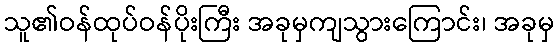
သူ၏ဝန်ထုပ်ဝန်ပိုးကြီး အခုမှကျသွားကြောင်း၊ အခုမှ